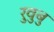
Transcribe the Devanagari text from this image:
रुवुबु